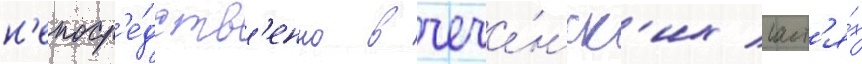
н'епоср'е́дств'енно в чече́нск'их част'я́х